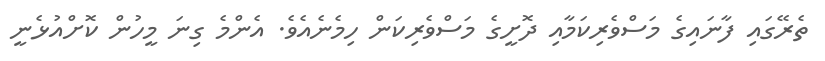
ތެރޭގައި ފާނައިގެ މަސްވެރިކަމާއި ދޮށީގެ މަސްވެރިކަން ހިމެނެއެވެ. އެންމެ ގިނަ މީހުން ކޮށްއުޅެނީ